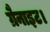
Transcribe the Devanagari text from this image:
ग्रैनाइट।